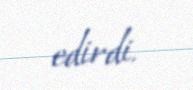
edirdi.